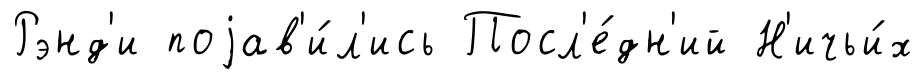
Рэнд'и поjав'и́л'ись Посл'е́дн'ий Н'ичьи́х